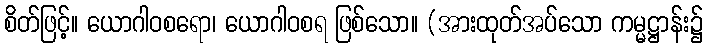
စိတ်ဖြင့်။ ယောဂါဝစရော၊ ယောဂါဝစရ ဖြစ်သော။ (အားထုတ်အပ်သော ကမ္မဋ္ဌာန်း၌